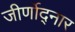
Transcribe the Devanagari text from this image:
जीर्णोद्नार